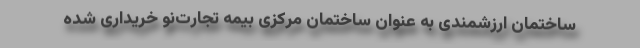
ساختمان ارزشمندی به عنوان ساختمان مرکزی بیمه تجارت‌نو خریداری شده